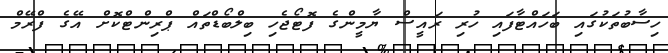
ހިސާބުތަކުގައި ބަހައްޓާފައި ހުރި ރައީސް ޔާމީންގެ ފޮޓޯޖެހި ބިލްބޯޑްތައް ޕްރިންޓްކޮށް އޭގެ ފްރޭމް